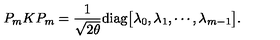
P _ { m } K P _ { m } = { \frac { 1 } { \sqrt { 2 \theta } } } \mathrm { d i a g } \bigl [ \lambda _ { 0 } , \lambda _ { 1 } , \cdots , \lambda _ { m - 1 } \bigr ] .